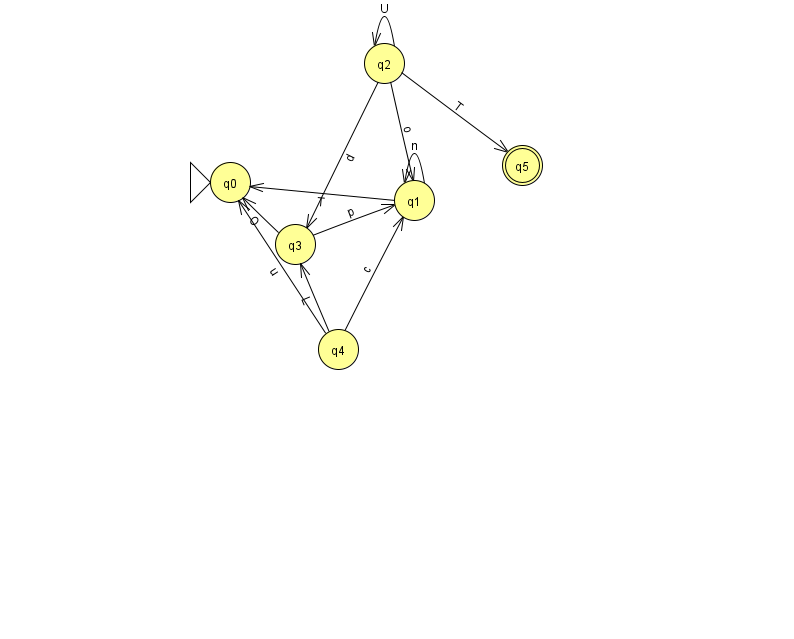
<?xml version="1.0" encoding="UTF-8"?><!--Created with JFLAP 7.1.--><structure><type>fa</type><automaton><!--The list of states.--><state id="0" name="q0"><x>230.0</x><y>169.0</y><initial/></state><state id="1" name="q1"><x>414.0</x><y>187.0</y></state><state id="2" name="q2"><x>384.0</x><y>50.0</y></state><state id="3" name="q3"><x>295.0</x><y>231.0</y></state><state id="4" name="q4"><x>338.0</x><y>336.0</y></state><state id="5" name="q5"><x>522.0</x><y>152.0</y><final/></state><!--The list of transitions.--><transition><from>2</from><to>3</to><read>d</read></transition><transition><from>2</from><to>2</to><read>U</read></transition><transition><from>4</from><to>1</to><read>c</read></transition><transition><from>2</from><to>1</to><read>o</read></transition><transition><from>4</from><to>3</to><read>L</read></transition><transition><from>1</from><to>0</to><read>T</read></transition><transition><from>1</from><to>1</to><read>n</read></transition><transition><from>2</from><to>5</to><read>T</read></transition><transition><from>3</from><to>1</to><read>p</read></transition><transition><from>4</from><to>0</to><read>u</read></transition><transition><from>3</from><to>0</to><read>O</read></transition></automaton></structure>